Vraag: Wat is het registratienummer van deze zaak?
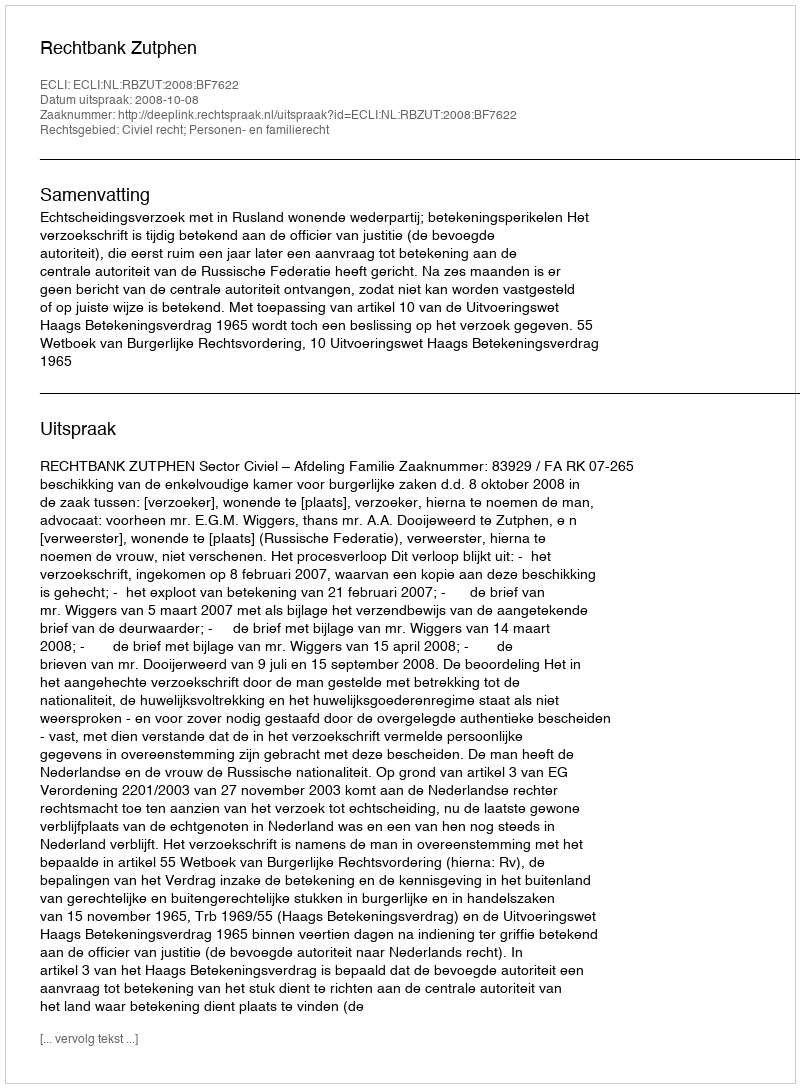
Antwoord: http://deeplink.rechtspraak.nl/uitspraak?id=ECLI:NL:RBZUT:2008:BF7622